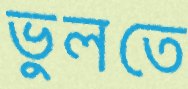
ভুলতে